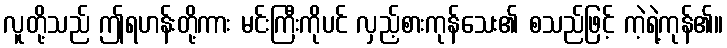
လူတို့သည် ဤရဟန်းတို့ကား မင်းကြီးကိုပင် လှည့်စားကုန်သေး၏ စသည်ဖြင့် ကဲ့ရဲ့ကုန်၏။